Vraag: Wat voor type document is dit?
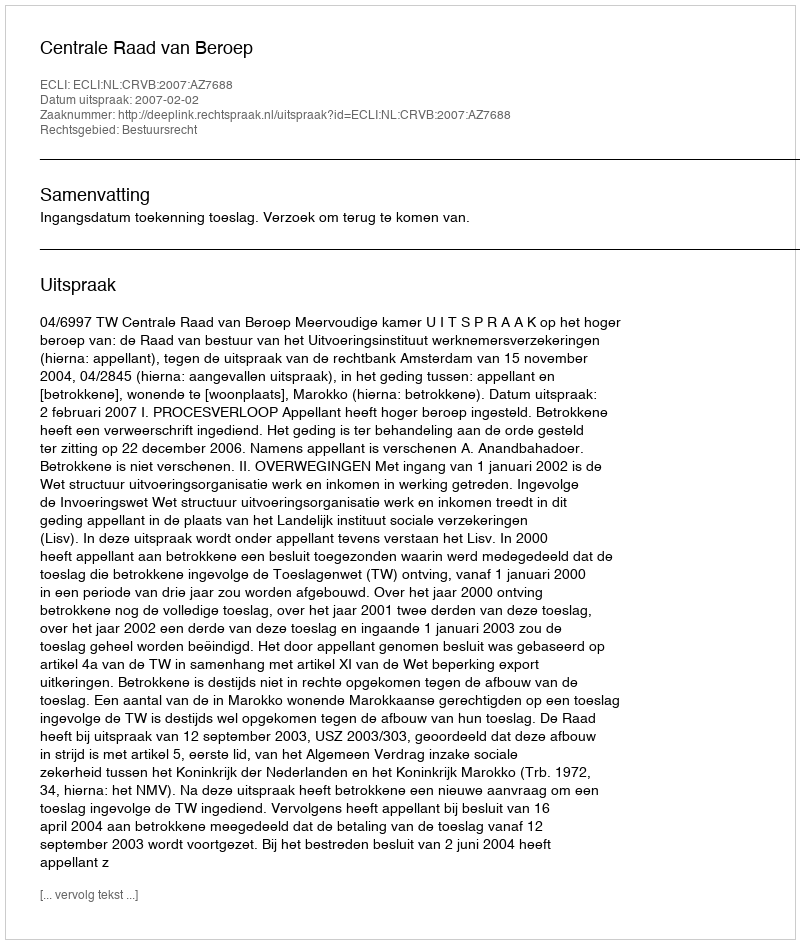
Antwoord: Uitspraak